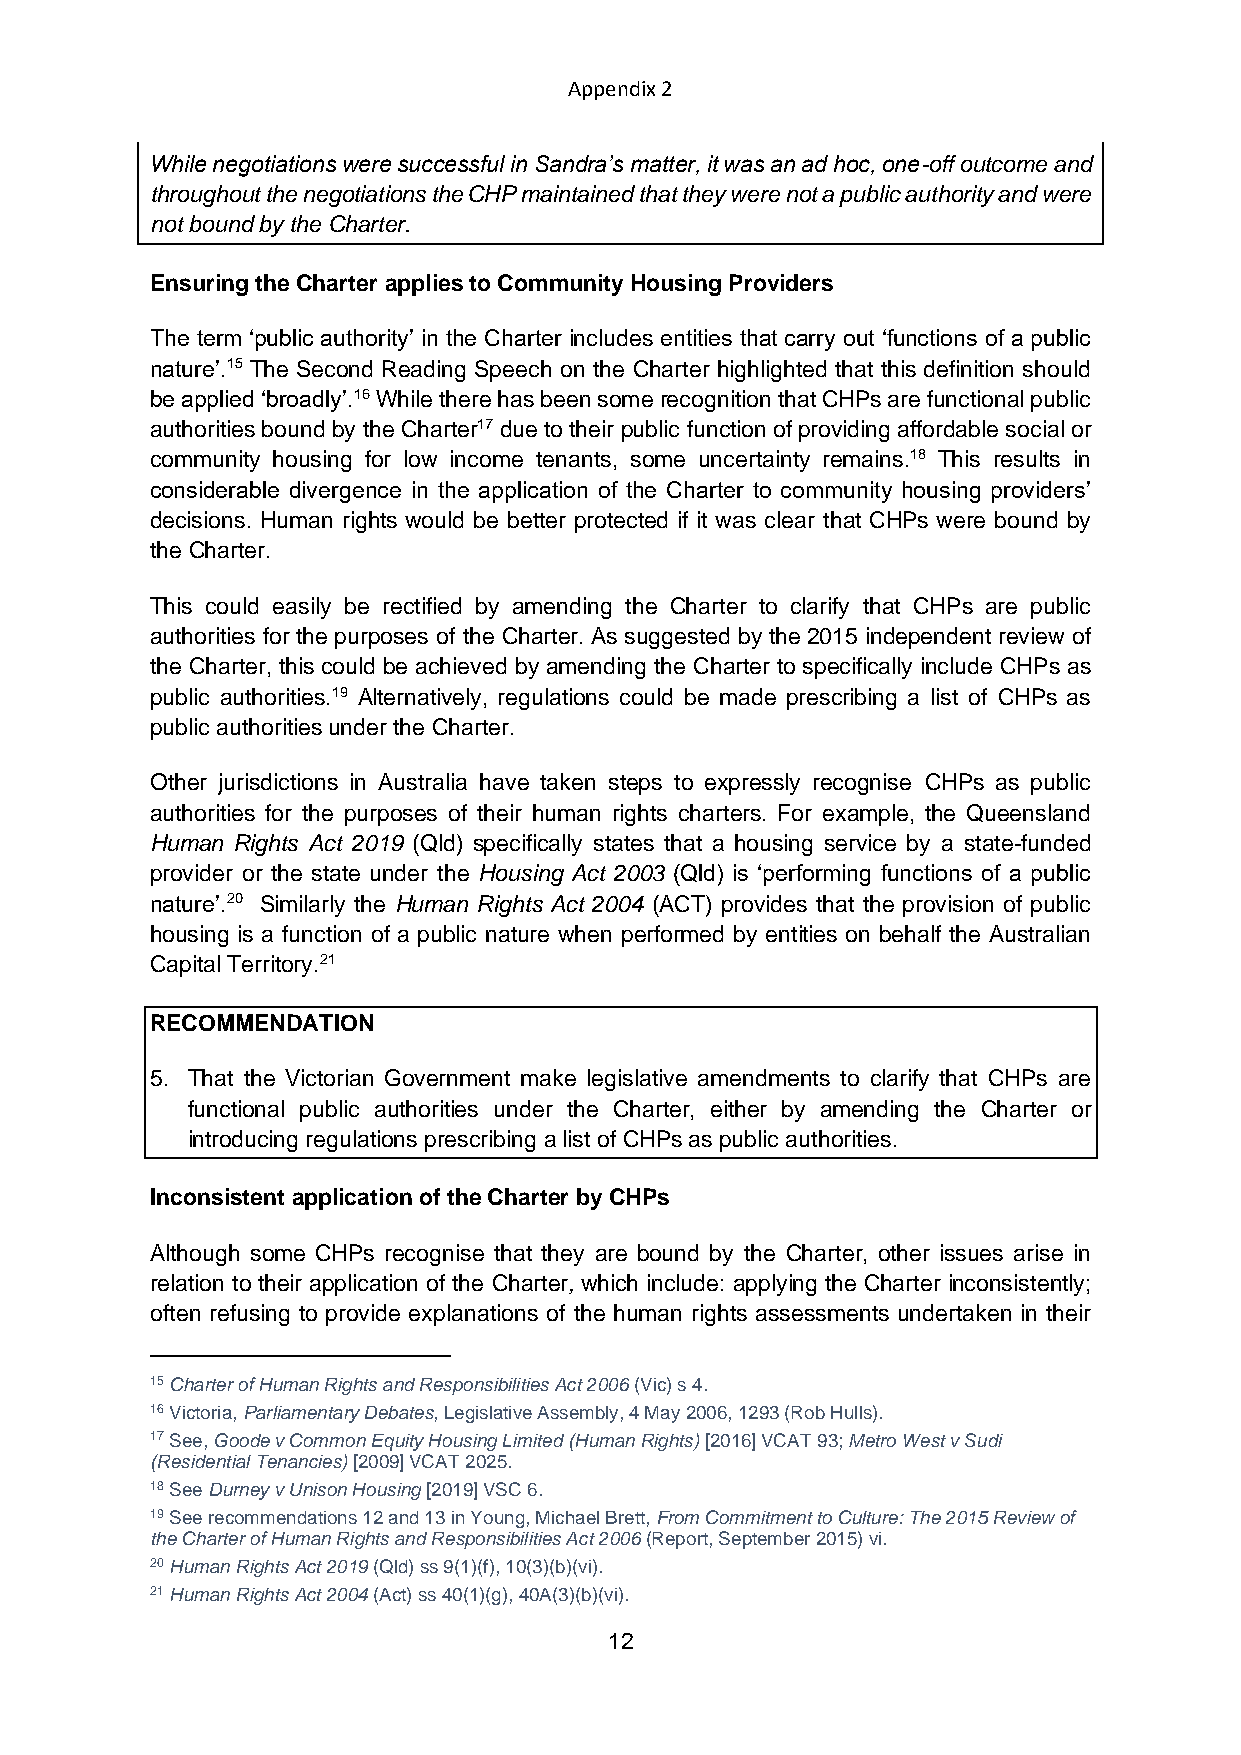
Appendix 2
 While negotiations were successful in Sandra’s matter, it was an ad hoc, one-off outcome and
 throughout the negotiations the CHP maintained that they were not a public authority and were
 not bound by the Charter.
 Ensuring the Charter applies to Community Housing Providers
 The term ‘public authority’ in the Charter includes entities that carry out ‘functions of a public
 nature’.15 The Second Reading Speech on the Charter highlighted that this definition should
 be applied ‘broadly’.16 While there has been some recognition that CHPs are functional public
 authorities bound by the Charter17 due to their public function of providing affordable social or
 community housing for low income tenants, some uncertainty remains.18 This results in
 considerable divergence in the application of the Charter to community housing providers’
 decisions. Human rights would be better protected if it was clear that CHPs were bound by
 the Charter.
 This could easily be rectified by amending the Charter to clarify that CHPs are public
 authorities for the purposes of the Charter. As suggested by the 2015 independent review of
 the Charter, this could be achieved by amending the Charter to specifically include CHPs as
 public authorities.19 Alternatively, regulations could be made prescribing a list of CHPs as
 public authorities under the Charter.
 Other jurisdictions in Australia have taken steps to expressly recognise CHPs as public
 authorities for the purposes of their human rights charters. For example, the Queensland
 Human Rights Act 2019 (Qld) specifically states that a housing service by a state-funded
 provider or the state under the Housing Act 2003 (Qld) is ‘performing functions of a public
 nature’.20 Similarly the Human Rights Act 2004 (ACT) provides that the provision of public
 housing is a function of a public nature when performed by entities on behalf the Australian
 Capital Territory.21
 RECOMMENDATION
 5. That the Victorian Government make legislative amendments to clarify that CHPs are
 functional public authorities under the Charter, either by amending the Charter or
 introducing regulations prescribing a list of CHPs as public authorities.
 Inconsistent application of the Charter by CHPs
 Although some CHPs recognise that they are bound by the Charter, other issues arise in
 relation to their application of the Charter, which include: applying the Charter inconsistently;
 often refusing to provide explanations of the human rights assessments undertaken in their
 15 Charter of Human Rights and Responsibilities Act 2006 (Vic) s 4.
 16 Victoria, Parliamentary Debates, Legislative Assembly, 4 May 2006, 1293 (Rob Hulls).
 17 See, Goode v Common Equity Housing Limited (Human Rights) [2016] VCAT 93; Metro West v Sudi
 (Residential Tenancies) [2009] VCAT 2025.
 18 See Durney v Unison Housing [2019] VSC 6.
 19 See recommendations 12 and 13 in Young, Michael Brett, From Commitment to Culture: The 2015 Review of
 the Charter of Human Rights and Responsibilities Act 2006 (Report, September 2015) vi.
 20 Human Rights Act 2019 (Qld) ss 9(1)(f), 10(3)(b)(vi).
 21 Human Rights Act 2004 (Act) ss 40(1)(g), 40A(3)(b)(vi).
 12